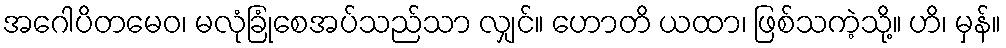
အဂေါပိတမေဝ၊ မလုံခြုံစေအပ်သည်သာ လျှင်။ ဟောတိ ယထာ၊ ဖြစ်သကဲ့သို့။ ဟိ၊ မှန်။